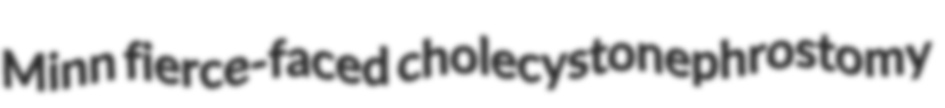
Minn fierce-faced cholecystonephrostomy